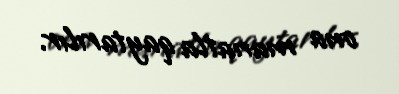
ona manatla qaytarılır.